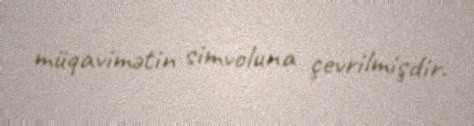
müqavimətin simvoluna çevrilmişdir.